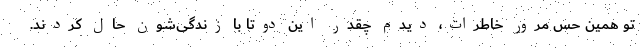
تو همین حس مرور خاطرات، دیدم چقدر این دوتا با زندگی‌شون حال کردند.